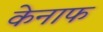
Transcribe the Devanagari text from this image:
केनाफ